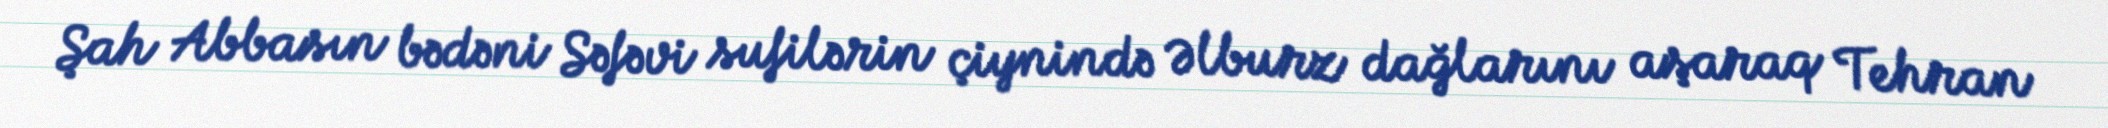
Şah Abbasın bədəni Səfəvi sufilərin çiynində Əlburz dağlarını aşaraq Tehran